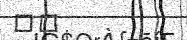
٤٨